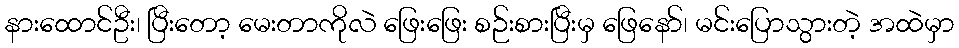
နားထောင်ဦး၊ ပြီးတော့ မေးတာကိုလဲ ဖြေးဖြေး စဉ်းစားပြီးမှ ဖြေနော်၊ မင်းပြောသွားတဲ့ အထဲမှာ